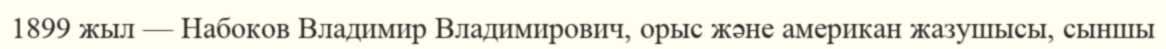
1899 жыл — Набоков Владимир Владимирович, орыс және американ жазушысы, сыншы